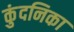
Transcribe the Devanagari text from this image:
कुंदनिका